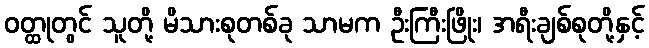
ဝတ္ထုတွင် သူတို့ မိသားစုတစ်ခု သာမက ဦးကြီးဖြိုး၊ အရီးချစ်စုတို့နှင့်